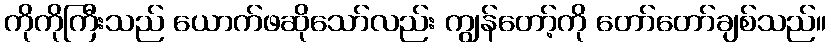
ကိုကိုကြီးသည် ယောက်ဖဆိုသော်လည်း ကျွန်တော့်ကို တော်တော်ချစ်သည်။